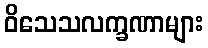
ဝိသေသလက္ခဏာများ